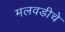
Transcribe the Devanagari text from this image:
मलवडीचे